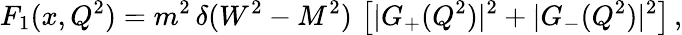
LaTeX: F_{1}(x,Q^{2})=m^{2}\, \delta(W^{2}-M^{2})\, \left[|G_{+}(Q^{2})|^{2}+|G_{-}(Q^{2})|^{2}\right]\, ,